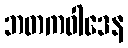
ဘတကဝါဒေန